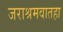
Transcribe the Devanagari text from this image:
जराश्रमवातहा